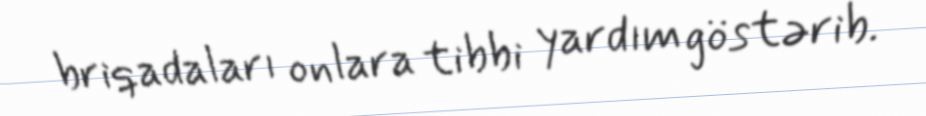
briqadaları onlara tibbi yardım göstərib.